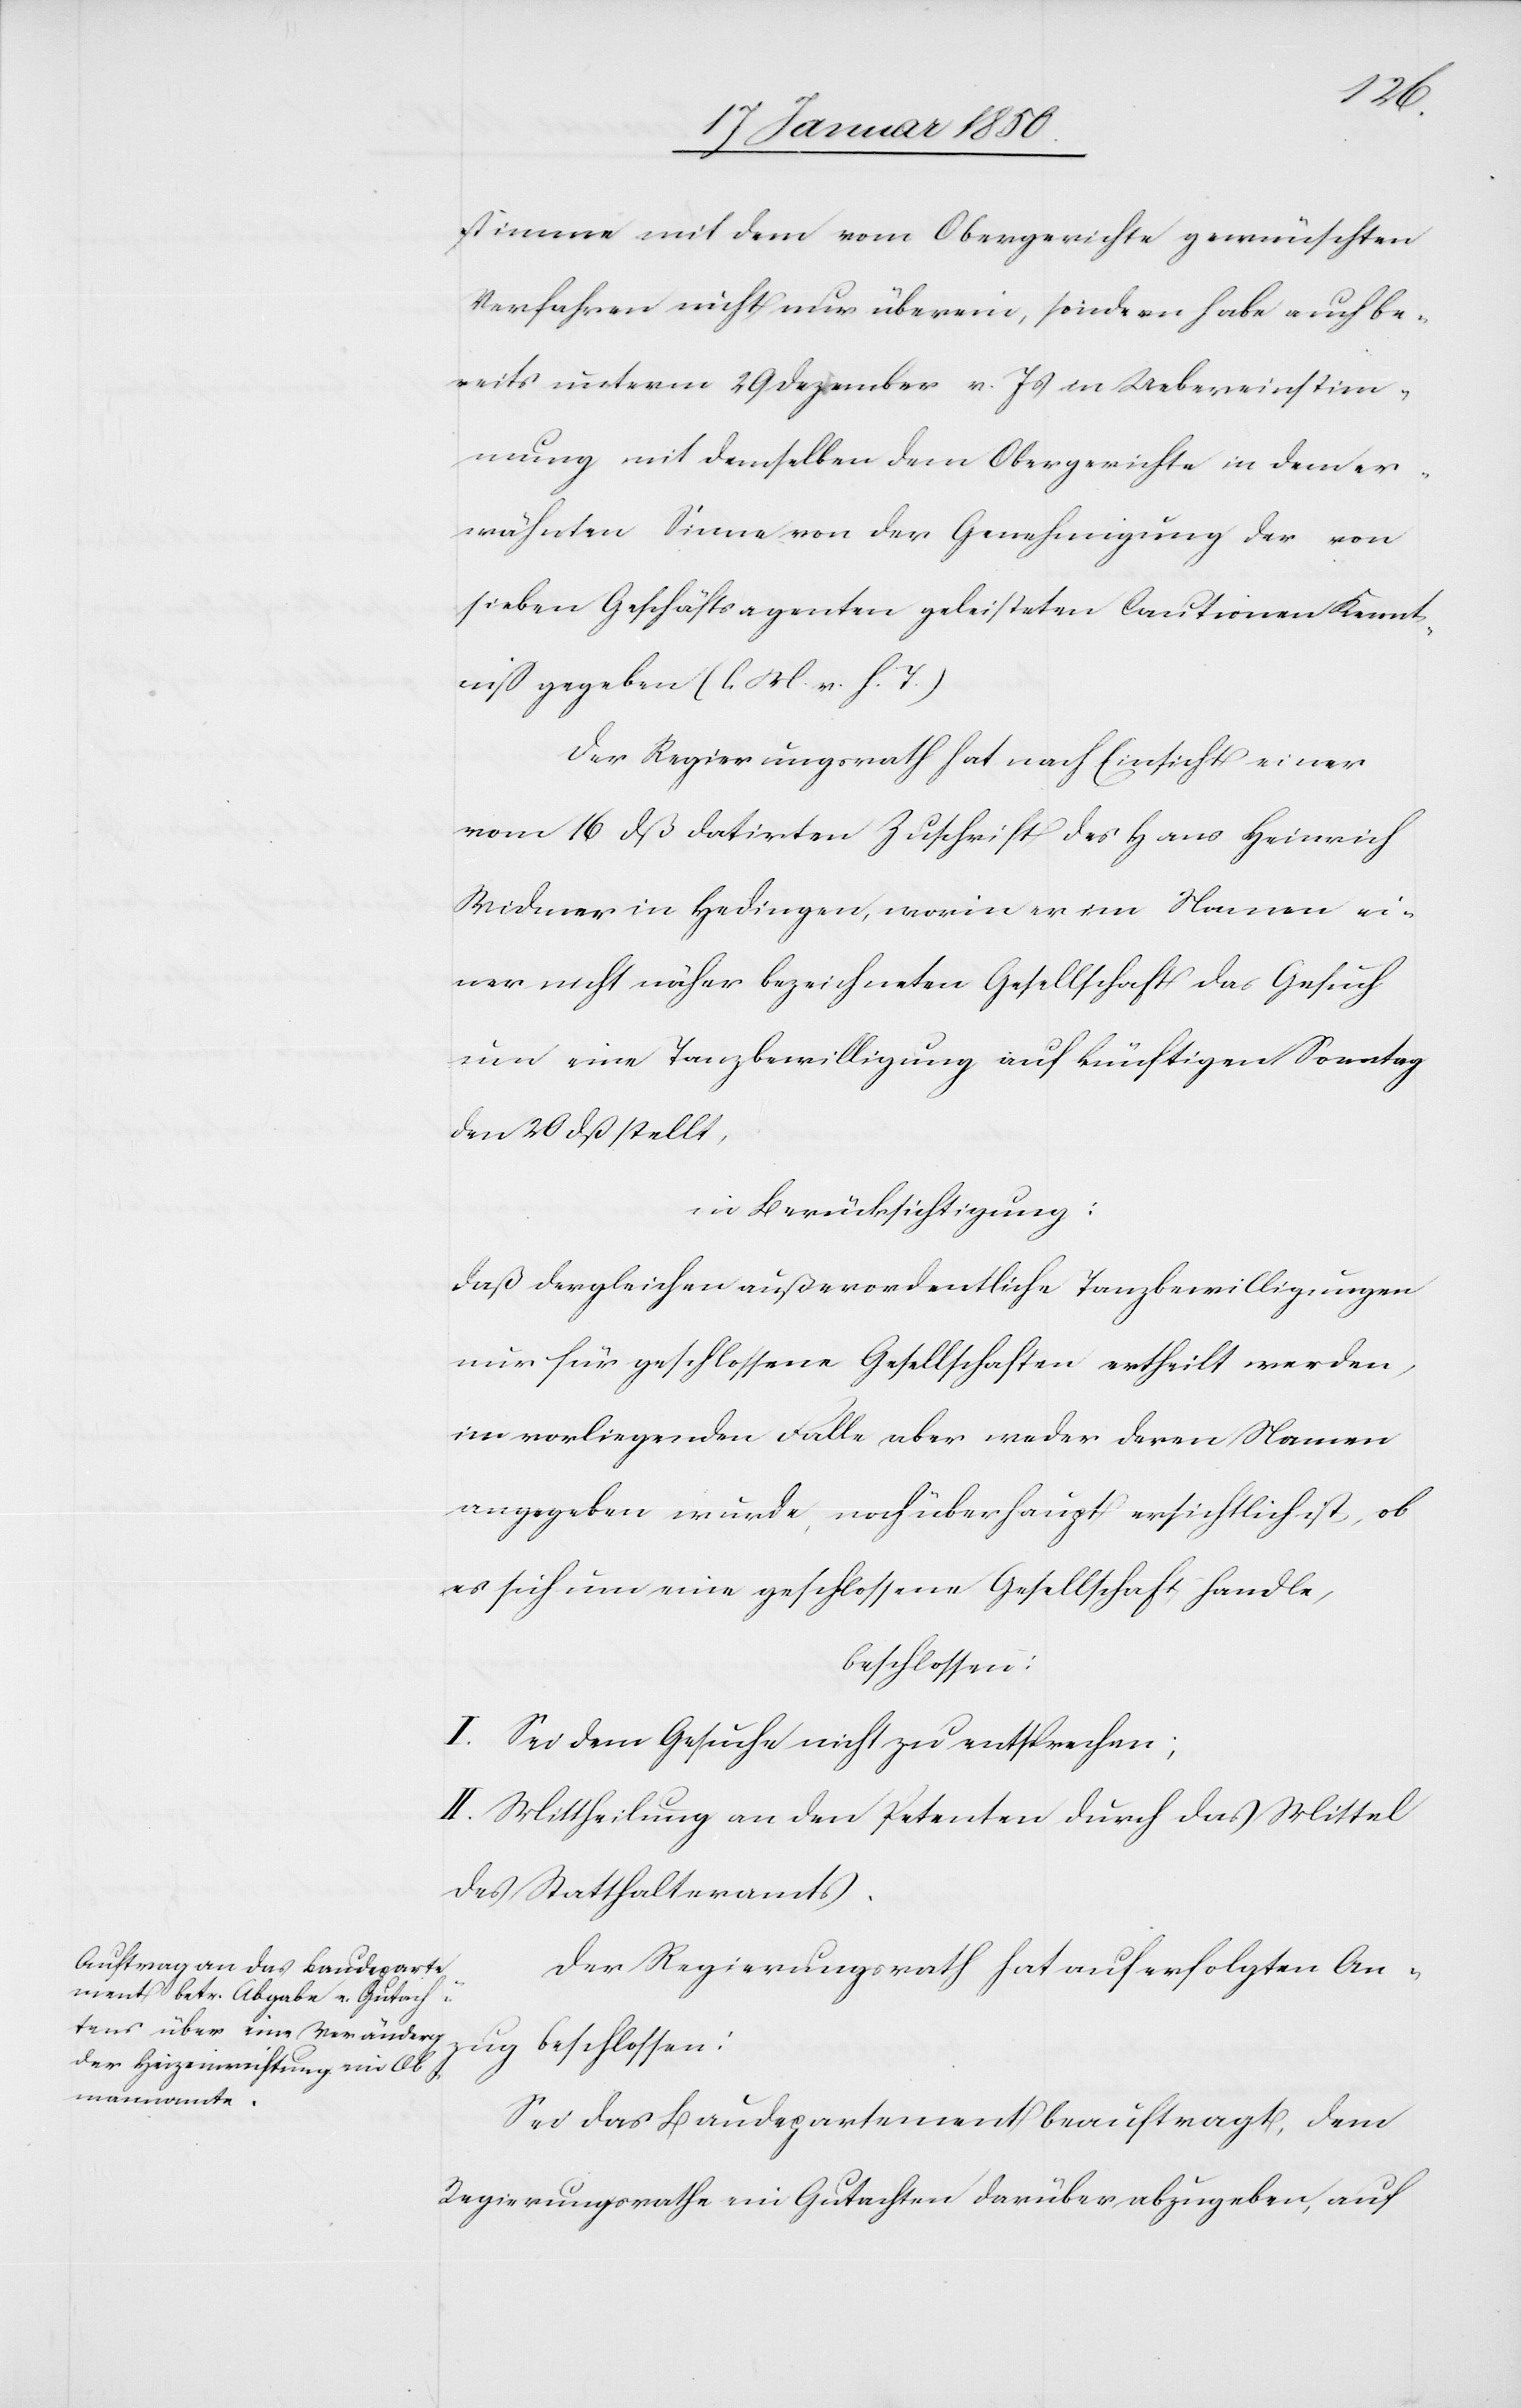
stimme mit dem vom Obergerichte gewünschten
Verfahren nicht nur überein, sondern habe auch be¬
reits unterm 29 Dezember v. Js in Uebereinstim¬
mung mit demselben dem Obergerichte in dem er¬
wähnten Sinne von der Genehmigung der von
sieben Geschäftsagenten geleisteten Cautionen Kennt¬
niß gegeben (l. M. v. h. T.)
Der Regierungsrath hat nach Einsicht einer
vom 16 dß datirten Zuschrift des Hans Heinrich
Widmer in Hedingen, worin er im Namen ei¬
ner nicht näher bezeichneten Gesellschaft das Gesuch
um eine Tanzbewilligung auf künftigen Sonntag
den 20 dß stellt,
in Berücksichtigung:
daß dergleichen außerordentliche Tanzbewilligungen
nur für geschlossene Gesellschaften ertheilt werden,
im vorliegenden Falle aber weder deren Namen
angegeben wurde, noch überhaupt ersichtlich ist, ob
es sich um eine geschlossene Gesellschaft handle,
beschlossen:
I. Sei dem Gesuche nicht zu entsprechen;
II. Mittheilung an den Petenten durch das Mittel
des Statthalteramts.
Der Regierungsrath hat auf erfolgten An¬
zug beschlossen:
Sei das Baudepartement beauftragt, dem
Regierungsrathe ein Gutachten darüber abzugeben, auf